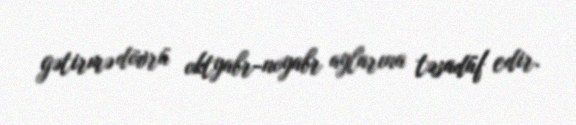
gətirmə dövrü oktyabr-noyabr aylarına təsadüf edir.